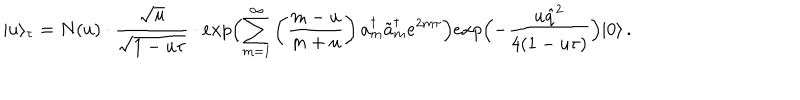
| u \rangle _ { \tau } = N ( u ) \cdot \frac { \sqrt { u } } { \sqrt { 1 - u \tau } } \cdot e x p \Bigl ( \sum _ { m = 1 } ^ { \infty } \left( \frac { m - u } { m + u } \right) a _ { m } ^ { \dagger } \tilde { a } _ { m } ^ { \dagger } e ^ { 2 m \tau } \Bigr ) e x p \Bigl ( - \frac { u \hat { q } ^ { 2 } } { 4 ( 1 - u \tau ) } \Bigr ) | 0 \rangle \, .